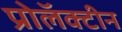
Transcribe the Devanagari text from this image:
प्रोलॅक्टीन